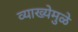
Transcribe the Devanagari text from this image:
व्याख्येमुळे